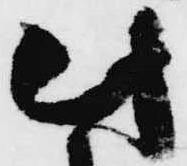
此